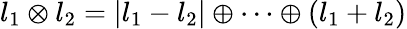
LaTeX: l_{1}\otimes l_{2}=|l_{1}-l_{2}|\oplus\cdots\oplus(l_{1}+l_{2})